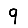
Digit: 9